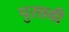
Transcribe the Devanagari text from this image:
पुसावी